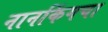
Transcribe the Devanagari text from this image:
नानकिंगचा